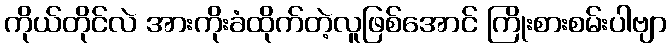
ကိုယ်တိုင်လဲ အားကိုးခံထိုက်တဲ့လူဖြစ်အောင် ကြိုးစားစမ်းပါဗျာ